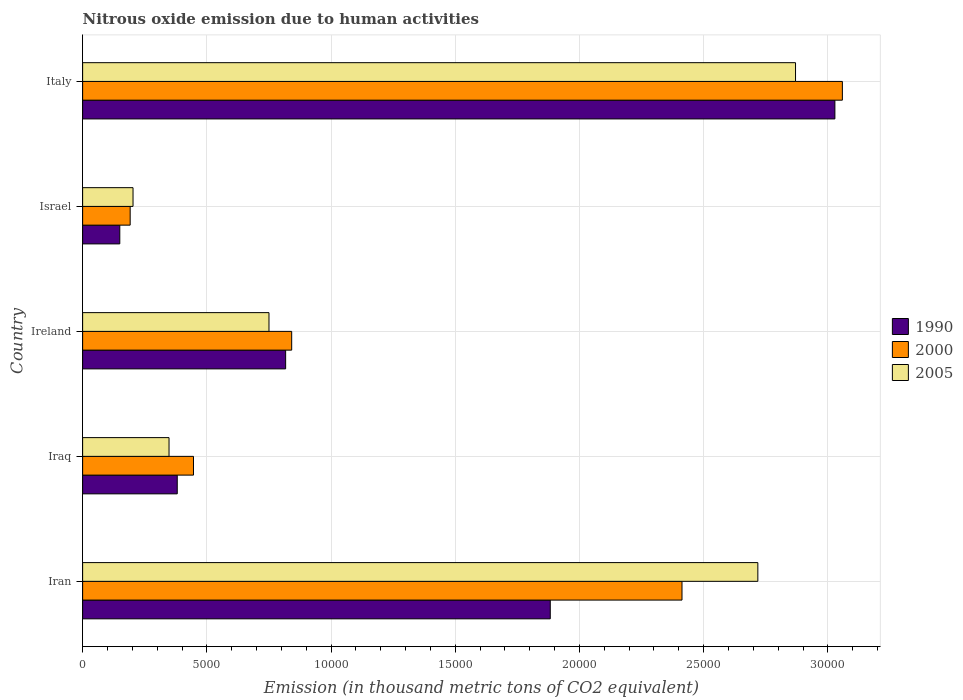
| Country | 1990 | 2000 | 2005 |
 | --- | --- | --- | --- |
 | Iran | 1.88e+04 | 2.41e+04 | 2.72e+04 |
 | Iraq | 3.81e+03 | 4.46e+03 | 3.48e+03 |
 | Ireland | 8.17e+03 | 8.42e+03 | 7.5e+03 |
 | Israel | 1.5e+03 | 1.91e+03 | 2.03e+03 |
 | Italy | 3.03e+04 | 3.06e+04 | 2.87e+04 |